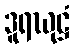
ဒူရဃုဋ္ဌံ